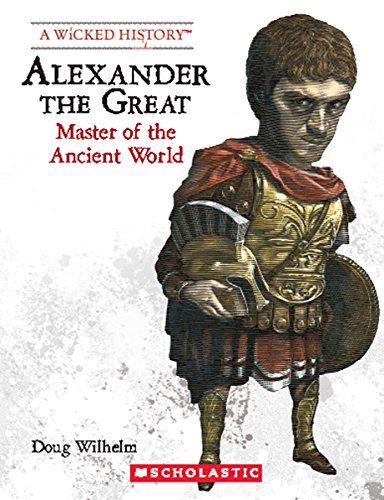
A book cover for Alexander the Great: Master of the Ancient World (Wicked History); Doug Wilhelm; Teen & Young Adult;